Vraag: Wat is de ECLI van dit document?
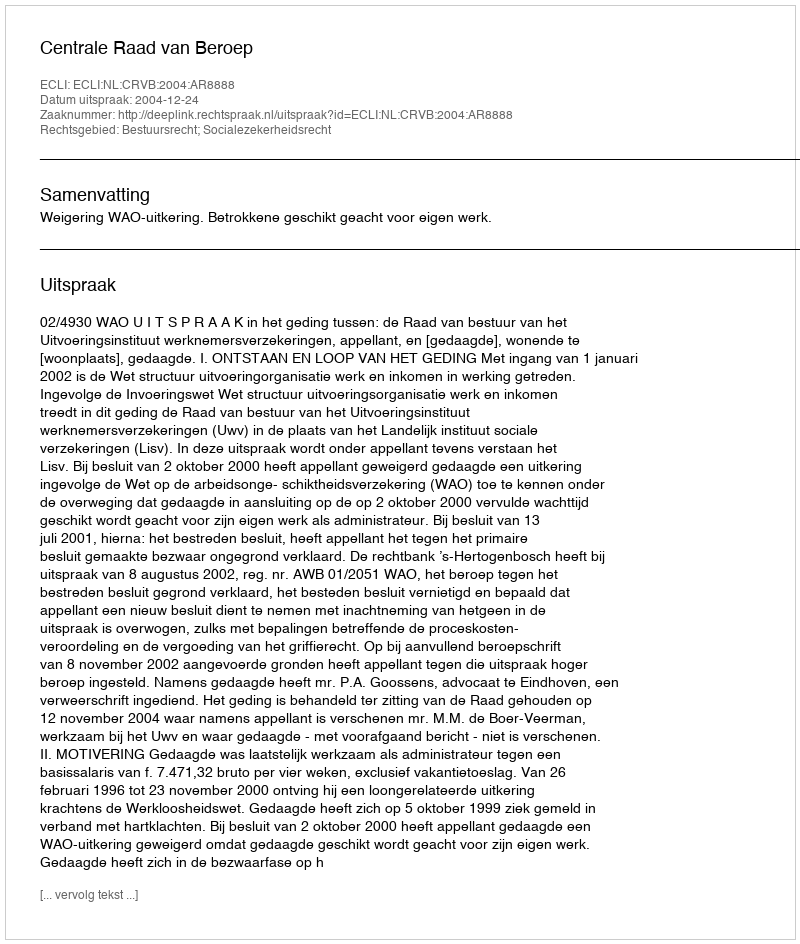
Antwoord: ECLI:NL:CRVB:2004:AR8888